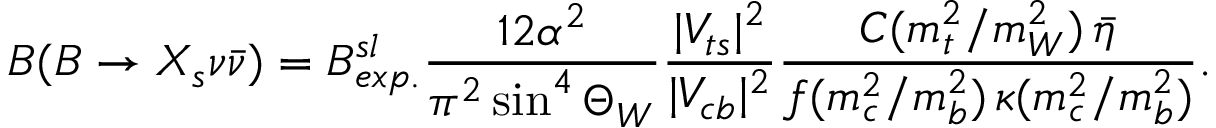
{ \cal B } ( B \rightarrow X _ { s } \nu \bar { \nu } ) = { \cal B } _ { e x p . } ^ { s l } \frac { 1 2 \alpha ^ { 2 } } { \pi ^ { 2 } \sin ^ { 4 } \Theta _ { W } } \frac { | V _ { t s } | ^ { 2 } } { | V _ { c b } | ^ { 2 } } \frac { C ( m _ { t } ^ { 2 } / m _ { W } ^ { 2 } ) \, \bar { \eta } } { f ( m _ { c } ^ { 2 } / m _ { b } ^ { 2 } ) \, \kappa ( m _ { c } ^ { 2 } / m _ { b } ^ { 2 } ) } .